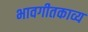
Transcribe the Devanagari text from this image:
भावगीतकाव्य